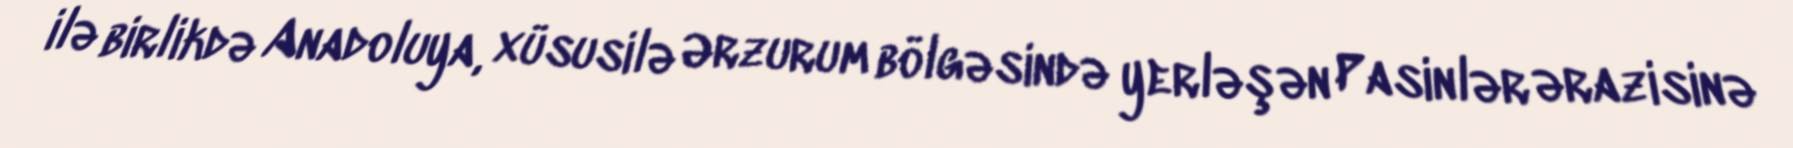
ilə birlikdə Anadoluya, xüsusilə Ərzurum bölgəsində yerləşən Pasinlər ərazisinə